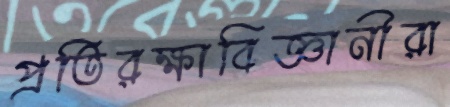
প্রতিরক্ষাবিজ্ঞানীরা